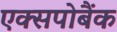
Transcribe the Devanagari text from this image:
एक्सपोबैंक